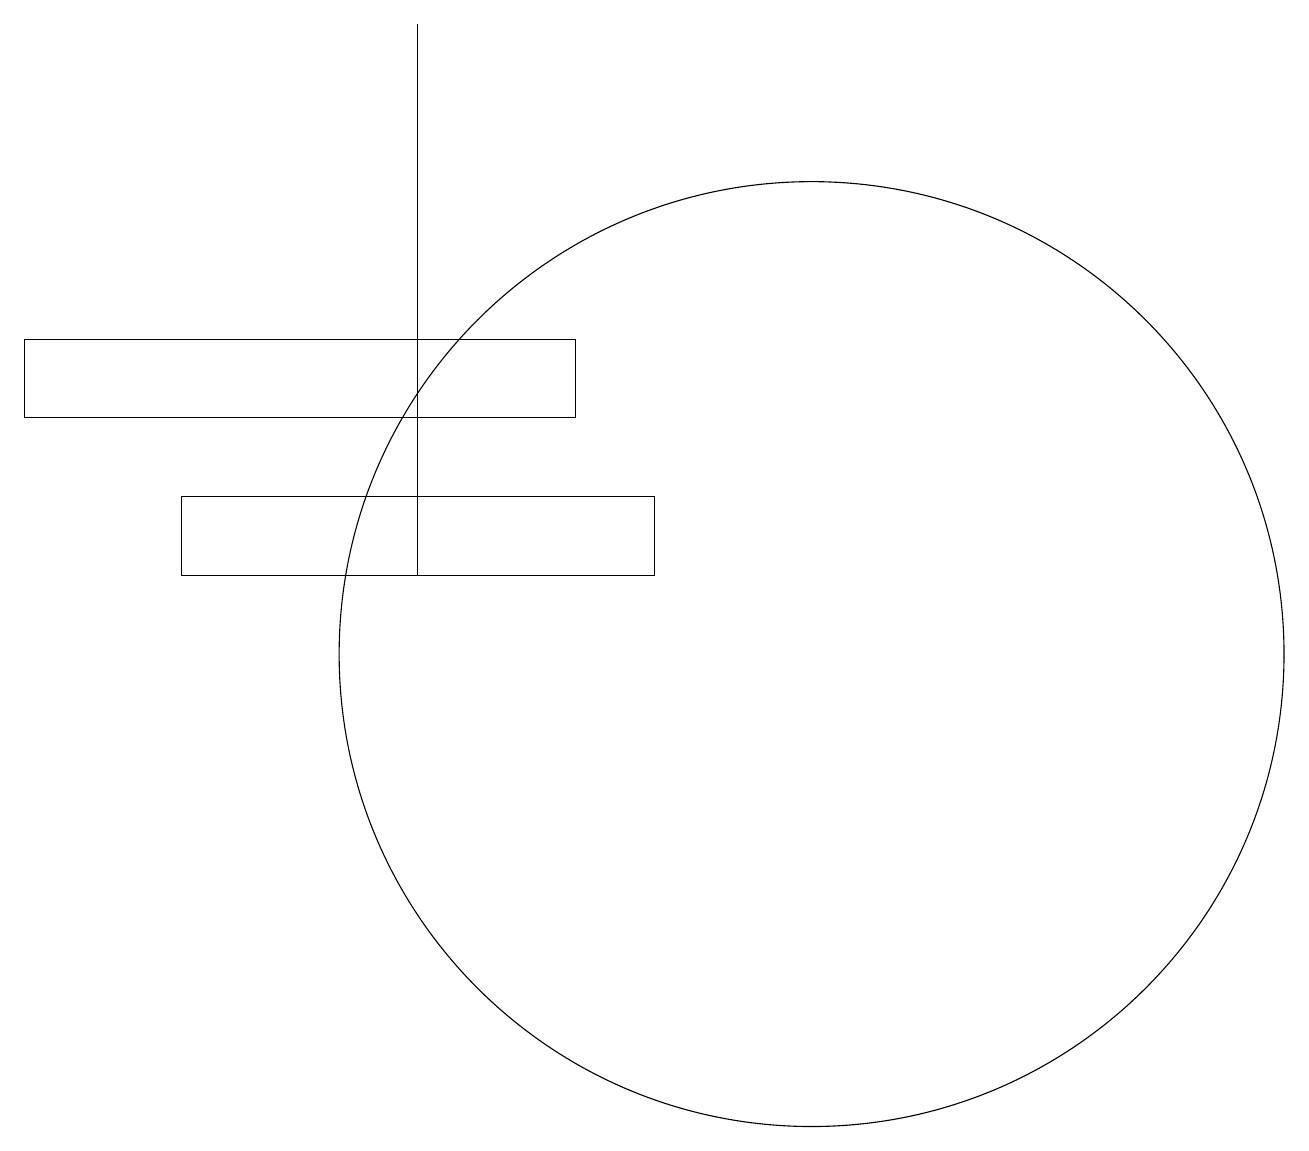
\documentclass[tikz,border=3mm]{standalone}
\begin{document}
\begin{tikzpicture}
\draw (0,15) rectangle (7,14);
\draw (10,11) circle (6);
\draw (5,12) rectangle (5,19);
\draw (8,13) rectangle (2,12);
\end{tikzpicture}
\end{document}